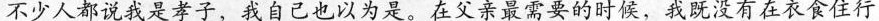
不少人都说我是孝子，我自己也以为是。在父亲最需要的时候，我既没有在衣食住行